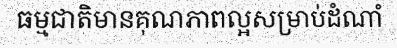
ធម្មជាតិមានគុណភាពល្អសម្រាប់ដំណាំ